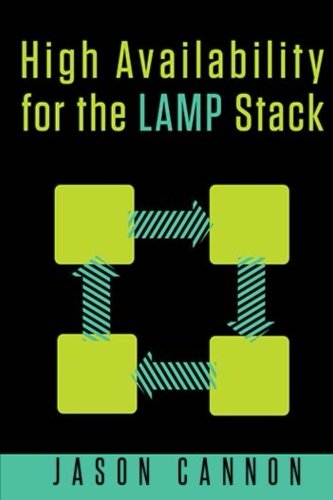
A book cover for High Availability for the LAMP Stack: Eliminate Single Points of Failure and Increase Uptime for Your Linux, Apache, MySQL, and PHP Based Web Applications; Jason Cannon; Computers & Technology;